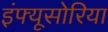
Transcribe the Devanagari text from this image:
इंफ्यूसोरिया